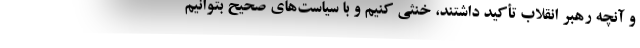
و آنچه رهبر انقلاب تأکید داشتند، خنثی کنیم و با سیاست‌های صحیح بتوانیم